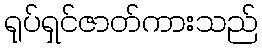
ရုပ်ရှင်ဇာတ်ကားသည်